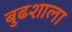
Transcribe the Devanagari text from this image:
बुढशाला